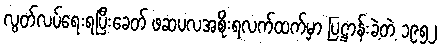
လွတ်လပ်ရေးရပြီးခေတ် ဖဆပလအစိုးရလက်ထက်မှာ ပြဋ္ဌာန်းခဲ့တဲ့ ၁၉၅၂